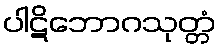
ပါဋိဘောဂသုတ္တံ